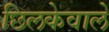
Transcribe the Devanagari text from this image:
छिलकेवाले